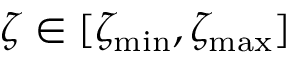
\zeta \in [ \zeta _ { \mathrm { m i n } } , \zeta _ { \mathrm { m a x } } ]